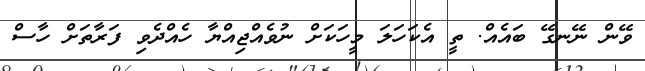
ވޭން ނޭނގޭ ބައެއް. ތީ އެކަހަލަ މީހަކަށް ނުވެއްޖިއްޔާ ހެއްދެވި ފަރާތަށް ހާސް